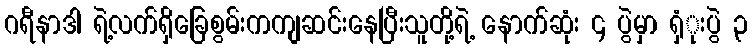
ဂရီနာဒါ ရဲ့လက်ရှိခြေစွမ်းကကျဆင်းနေပြီးသူတို့ရဲ့ နောက်ဆုံး ၄ ပွဲမှာ ရှံုးပွဲ ၃